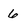
Character: 6